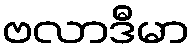
ဗလာဒီမာ